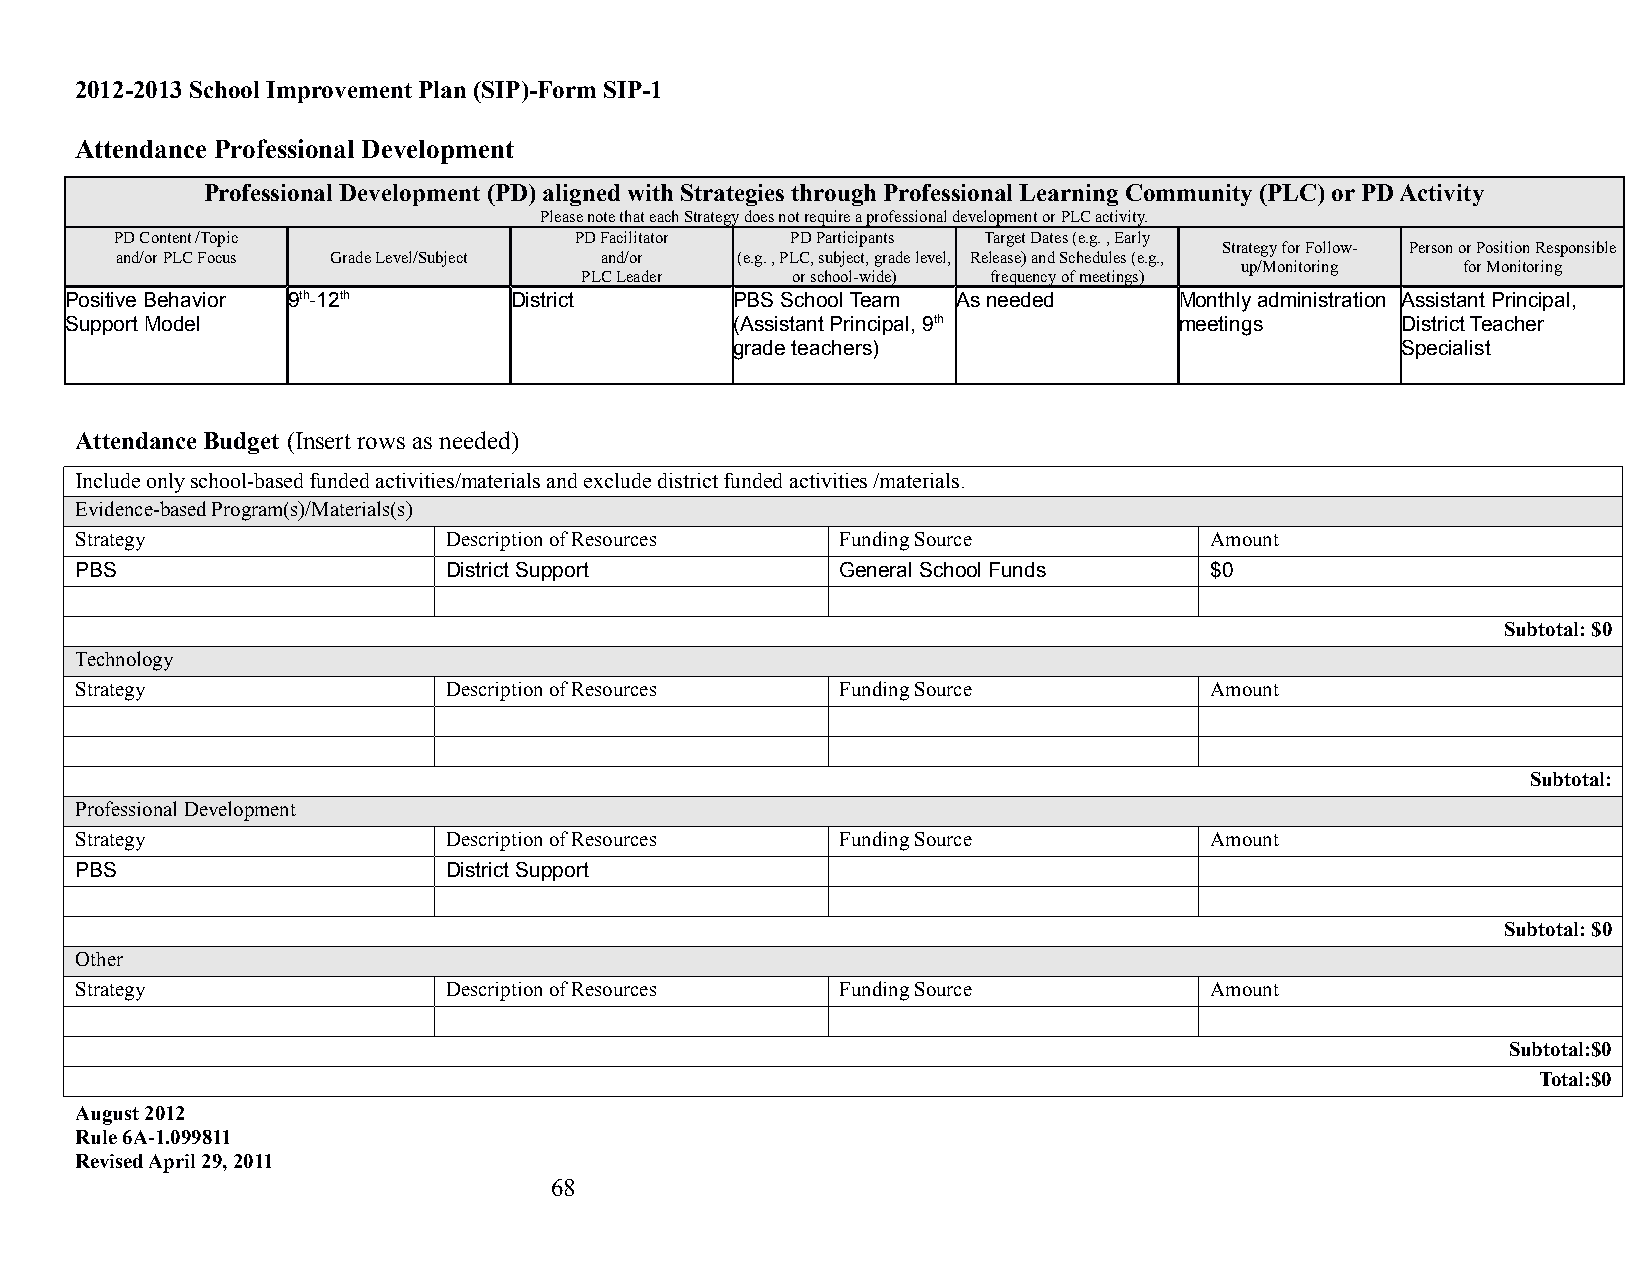
2012-2013 School Improvement Plan (SIP)-Form SIP-1
 Attendance Professional Development
 Professional Development (PD) aligned with Strategies through Professional Learning Community (PLC) or PD Activity
 Please note that each Strategy does not require a professional development or PLC activity.
 PD Content /Topic             PD Facilitator PD Participants Target Dates (e.g. , Early
 Strategy for Follow- Person or Position Responsible
 and/or PLC Focus Grade Level/Subject and/or (e.g. , PLC, subject, grade level, Release) and Schedules (e.g.,
 up/Monitoring  for Monitoring
 PLC Leader    or school-wide) frequency of meetings)
 Positive Behavior 9th-12th    District       PBS School Team As needed    Monthly administration Assistant Principal,
 Support Model                                (Assistant Principal, 9th    meetings       District Teacher
 grade teachers)                             Specialist
 Attendance Budget (Insert rows as needed)
 Include only school-based funded activities/materials and exclude district funded activities /materials.
 Evidence-based Program(s)/Materials(s)
 Strategy                 Description of Resources  Funding Source          Amount
 PBS                      District Support          General School Funds    $0
 Subtotal: $0
 Technology
 Strategy                 Description of Resources  Funding Source          Amount
 Subtotal:
 Professional Development
 Strategy                 Description of Resources  Funding Source          Amount
 PBS                      District Support
 Subtotal: $0
 Other
 Strategy                 Description of Resources  Funding Source          Amount
 Subtotal:$0
 Total:$0
 August 2012
 Rule 6A-1.099811
 Revised April 29, 2011
 68